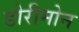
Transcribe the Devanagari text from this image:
डोरीमोन